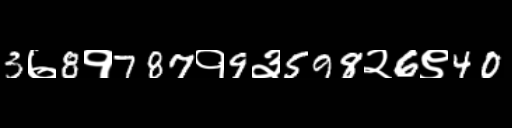
Text: 3७8१787१9३598२6९40